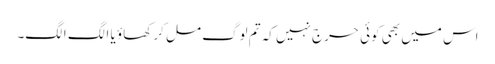
اس میں بھی کوئی حرج نہیں کہ تم لوگ مل کر کھاؤ یا الگ الگ۔